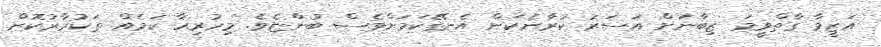
އަޒީމާ ގާތްވީމަ ޒިބާނަށް އަސަރު ކުރާނެކަން އެނގޭކަމަށްވެސް ބުންޏެވެ. މިހުރިހާ ކަމެއް ތަކުރާރުކޮށް